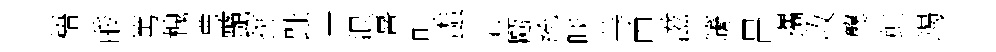
梧酸篤槐豊艷挑趾血浪喜則螙汙甌統啖䓁甲滋篪昌攜收龔虹竭